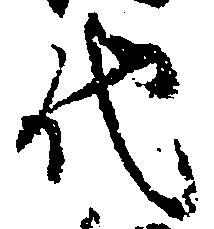
代